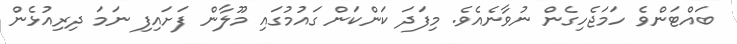
ބައްޓަންވެ ހަމަޖެހިގެން ނުވާނެއެވެ. މިފަދަ ކަންކަން ގައުމުގައި މޫލާން ފަށައިފި ނަމަ ދިރިއުޅެން